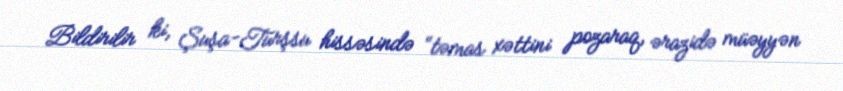
Bildirilir ki, Şuşa-Turşsu hissəsində “təmas xəttini pozaraq, ərazidə müəyyən